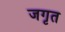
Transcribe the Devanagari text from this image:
जगृत